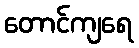
တောင်ကျရေ